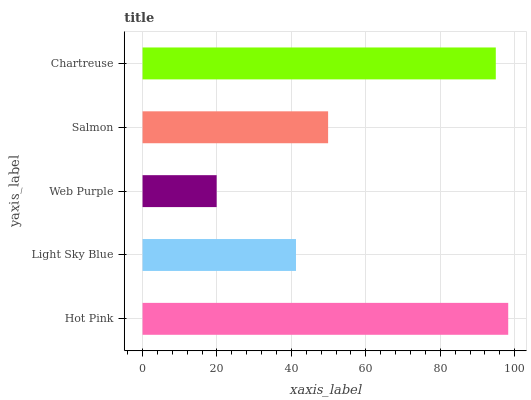
| yaxis_label | bars |
 | --- | --- |
 | Hot Pink | 98.3 |
 | Light Sky Blue | 41.2 |
 | Web Purple | 19.9 |
 | Salmon | 49.9 |
 | Chartreuse | 94.9 |